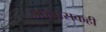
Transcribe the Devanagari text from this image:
आश्वासकही